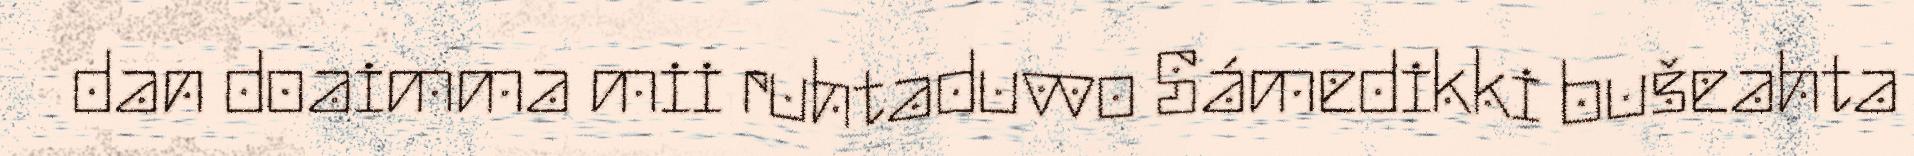
dan doaimma mii ruhtaduvvo Sámedikki bušeahta